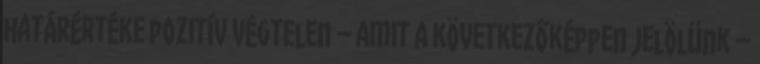
határértéke pozitív végtelen – amit a következőképpen jelölünk –